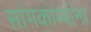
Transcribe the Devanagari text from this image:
सांगकाम्यांना